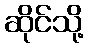
ဆိုင်သို့